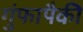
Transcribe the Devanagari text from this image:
गुंफापैकी